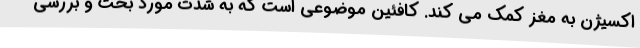
اکسیژن به مغز کمک می کند. کافئین موضوعی است که به شدت مورد بحث و بررسی